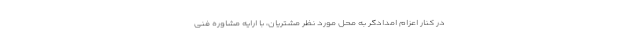
در کنار اعزام امدادگر به محل مورد نظر مشتریان، با ارایه مشاوره فنی